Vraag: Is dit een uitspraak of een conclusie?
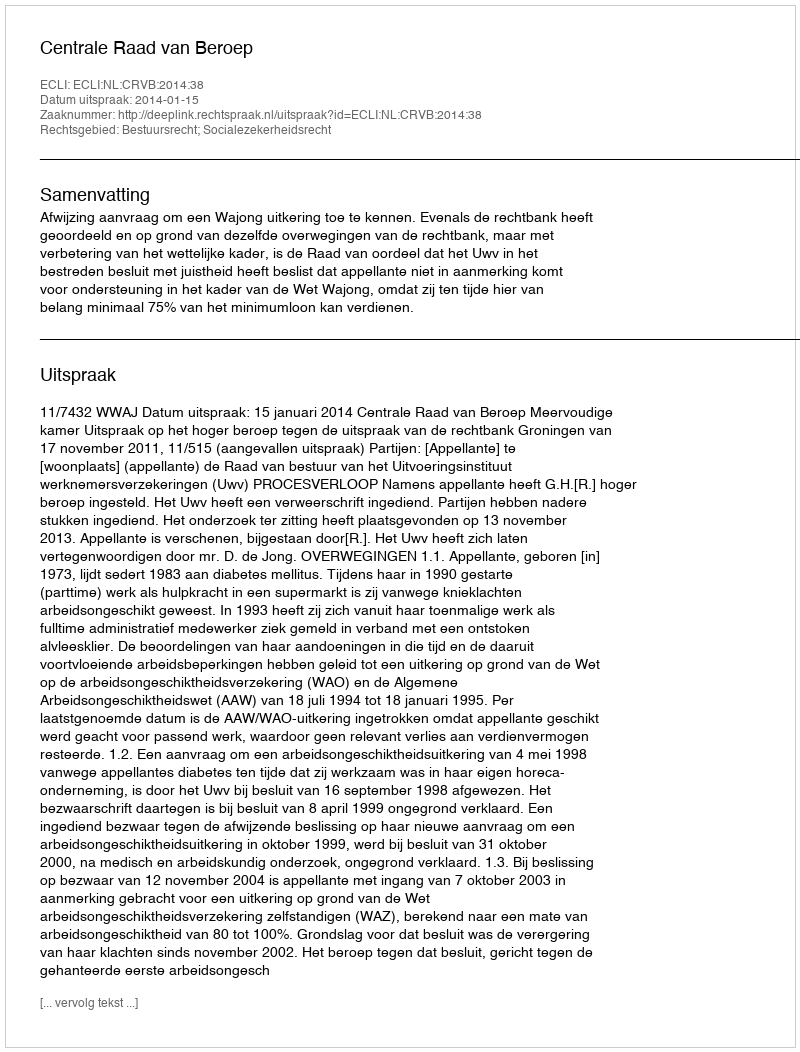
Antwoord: Uitspraak